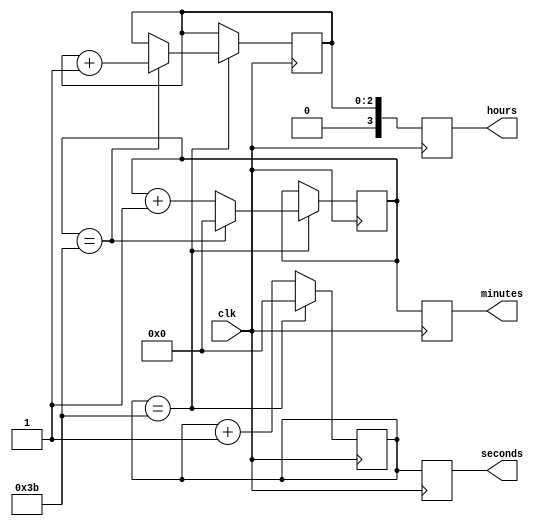
module binary_clock_divider (
    input wire clk,
    output reg[3:0] hours,
    output reg[5:0] minutes,
    output reg[5:0] seconds
);

reg[2:0] hour_count;
reg[5:0] minute_count;
reg[5:0] second_count;

always @(posedge clk) begin
    // Increment counters
    if (second_count == 59) begin
        second_count <= 0;
        if (minute_count == 59) begin
            minute_count <= 0;
            if (hour_count == 23) begin
                hour_count <= 0;
            end else begin
                hour_count <= hour_count + 1;
            end
        end else begin
            minute_count <= minute_count + 1;
        end
    end else begin
        second_count <= second_count + 1;
    end
    
    // Output counters
    hours <= hour_count;
    minutes <= minute_count;
    seconds <= second_count;
end

endmodule